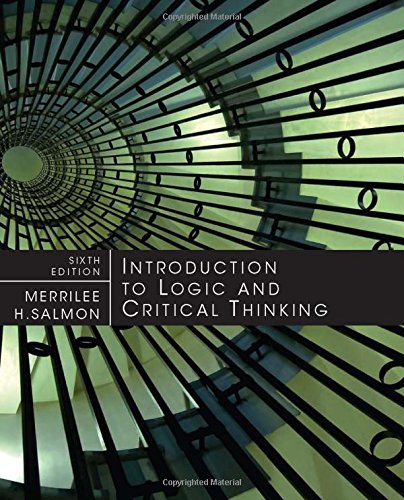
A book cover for Introduction to Logic and Critical Thinking; Merrilee H. Salmon; Politics & Social Sciences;